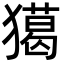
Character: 獦